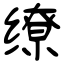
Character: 缭